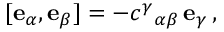
[ \mathbf { e } _ { \alpha } , \mathbf { e } _ { \beta } ] = - c ^ { \gamma } { } _ { \alpha \beta } \, \mathbf { e } _ { \gamma } \, ,